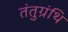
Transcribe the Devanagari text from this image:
तंतुग्रंथि